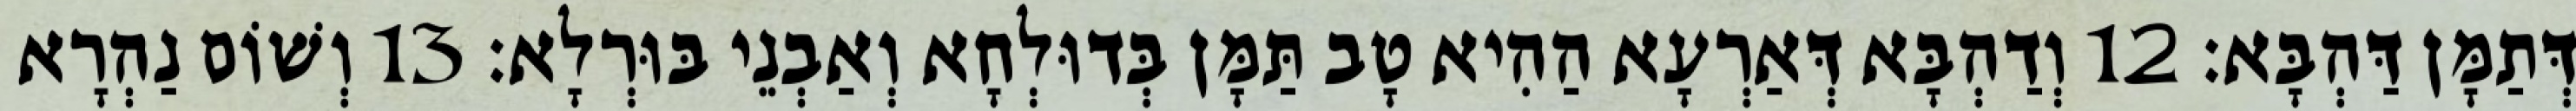
דְּתַמָּן דַּהְבָּא׃ 12 וְדַהְבָּא דְּאַרְעָא הַהִיא טָב תַּמָּן בְּדוּלְחָא וְאַבְנֵי בּוּרְלָא׃ 13 וְשׁוֹם נַהְרָא